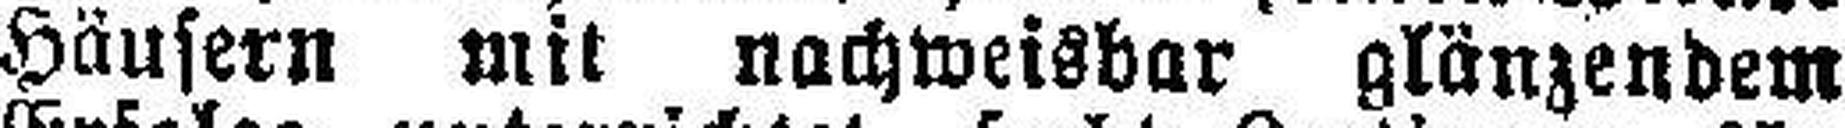
Häusern mit nachweisbar glänzendem